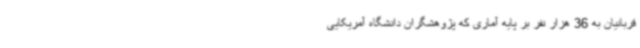
قربانیان به 36 هزار نفر بر پایه آماری که پژوهشگران دانشگاه آمریکایی